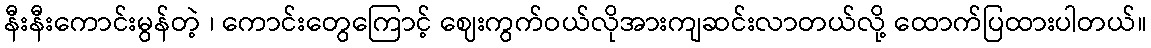
နီးနီးကောင်းမွန်တဲ့ ၊ ကောင်းတွေကြောင့် ဈေးကွက်ဝယ်လိုအားကျဆင်းလာတယ်လို့ ထောက်ပြထားပါတယ်။